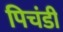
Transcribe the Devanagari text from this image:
पिचंडी